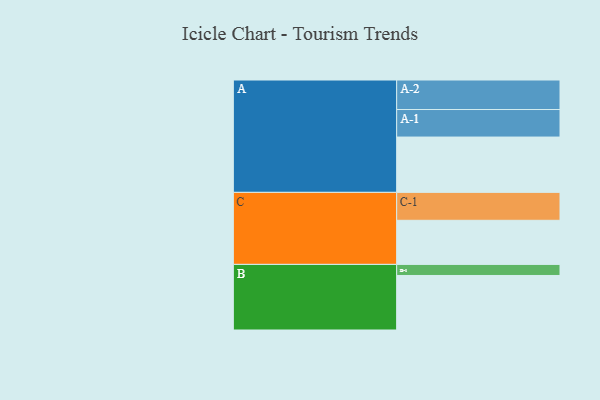
{"axis": {"x": "Segment", "y": "Value"}, "legend": ["", "A", "B", "C"], "data": [{"x": "A", "y": 414, "type": ""}, {"x": "B", "y": 408, "type": ""}, {"x": "C", "y": 330, "type": ""}, {"x": "A-1", "y": 206, "type": "A"}, {"x": "A-2", "y": 221, "type": "A"}, {"x": "B-1", "y": 83, "type": "B"}, {"x": "C-1", "y": 209, "type": "C"}]}